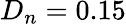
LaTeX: D_{n}=0.15